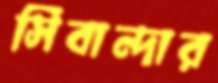
সিবান্দার